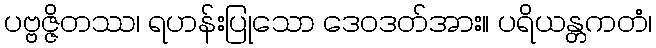
ပဗ္ဗဇ္ဇိတဿ၊ ရဟန်းပြုသော ဒေဝဒတ်အား။ ပရိယန္တကတံ၊